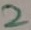
Text: 2